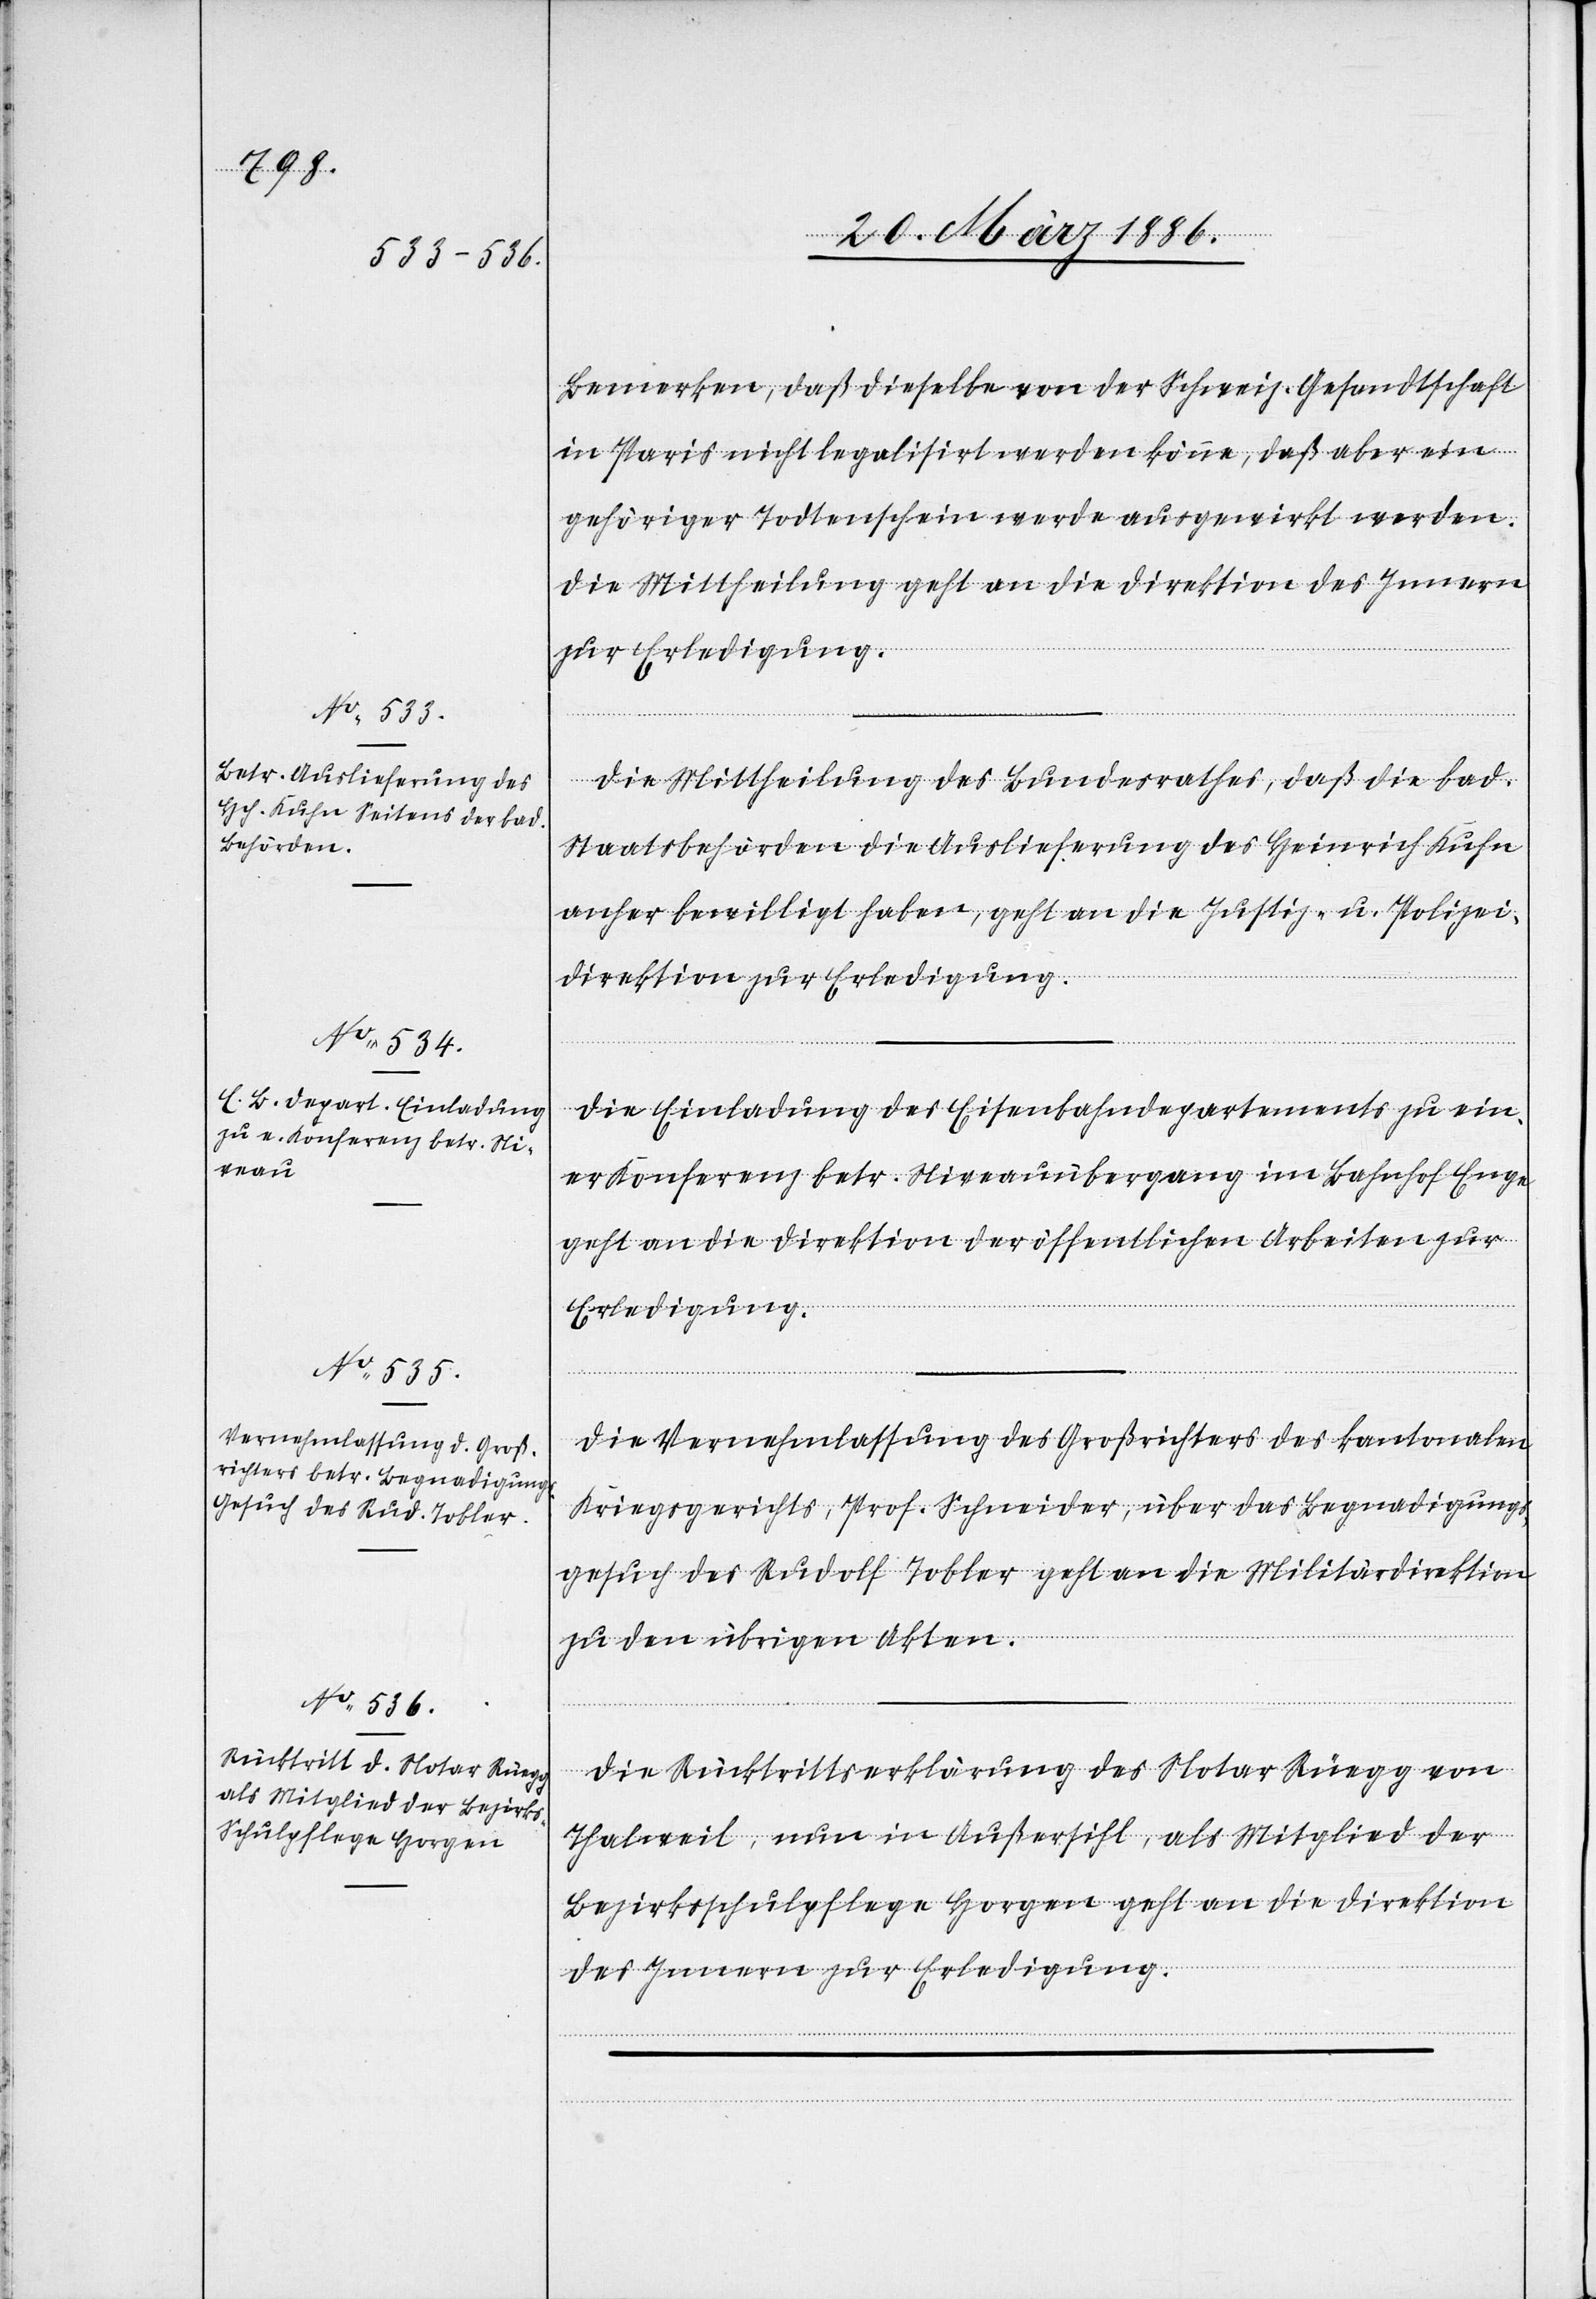
22. März 1886.]
Bemerken, daß dieselbe von der Schweiz. Gesandtschaft
in Paris nicht legalisirt werden könne, daß aber ein
gehöriger Todtenschein werde ausgewirkt werden.
Die Mittheilung geht an die Direktion des Innern
zur Erledigung.
Die Mittheilung des Bundesrathes, daß die bad.
Staatsbehörden die Auslieferung des Heinrich Kuhn
anher bewilligt haben, geht an die Justiz- u. Polizei¬
direktion zur Erledigung.
Die Einladung des Eisenbahndepartements zu ein¬
er Konferenz betr. Niveauübergang im Bahnhof Enge
geht an die Direktion der öffentlichen Arbeiten zur
Erledigung.
Die Vernehmlassung des Großrichters des kantonalen
Kriegsgerichtes, Prof. Schneider, über das Begnadigungs¬
gesuch des Rudolf Tobler geht an die Militärdirektion
zu den übrigen Akten.
Die Rücktrittserklärung des Notar Rüegg von
Thalweil, nun in Außersihl, als Mitglied der
Bezirksschulpflege Horgen geht an die Direktion
des Innern zur Erledigung.